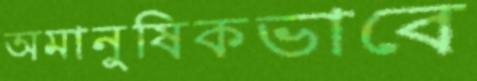
অমানুষিকভাবে